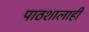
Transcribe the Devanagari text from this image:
पाठशालाही